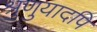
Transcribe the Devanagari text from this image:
श्रुणुयादपि